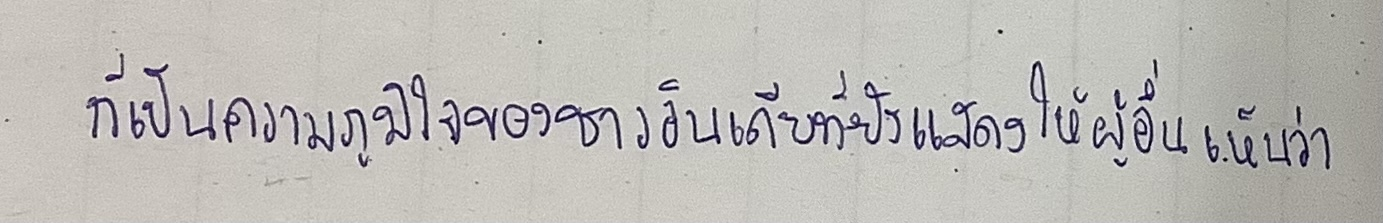
ก็เป็นความภูมิใจของชาวอินเดียที่ยังแสดงให้ผู้อื่นเห็นว่า